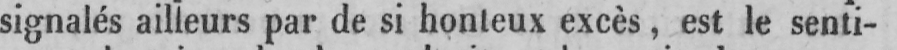
signalés ailleurs par de si honteux excès, est le senti-